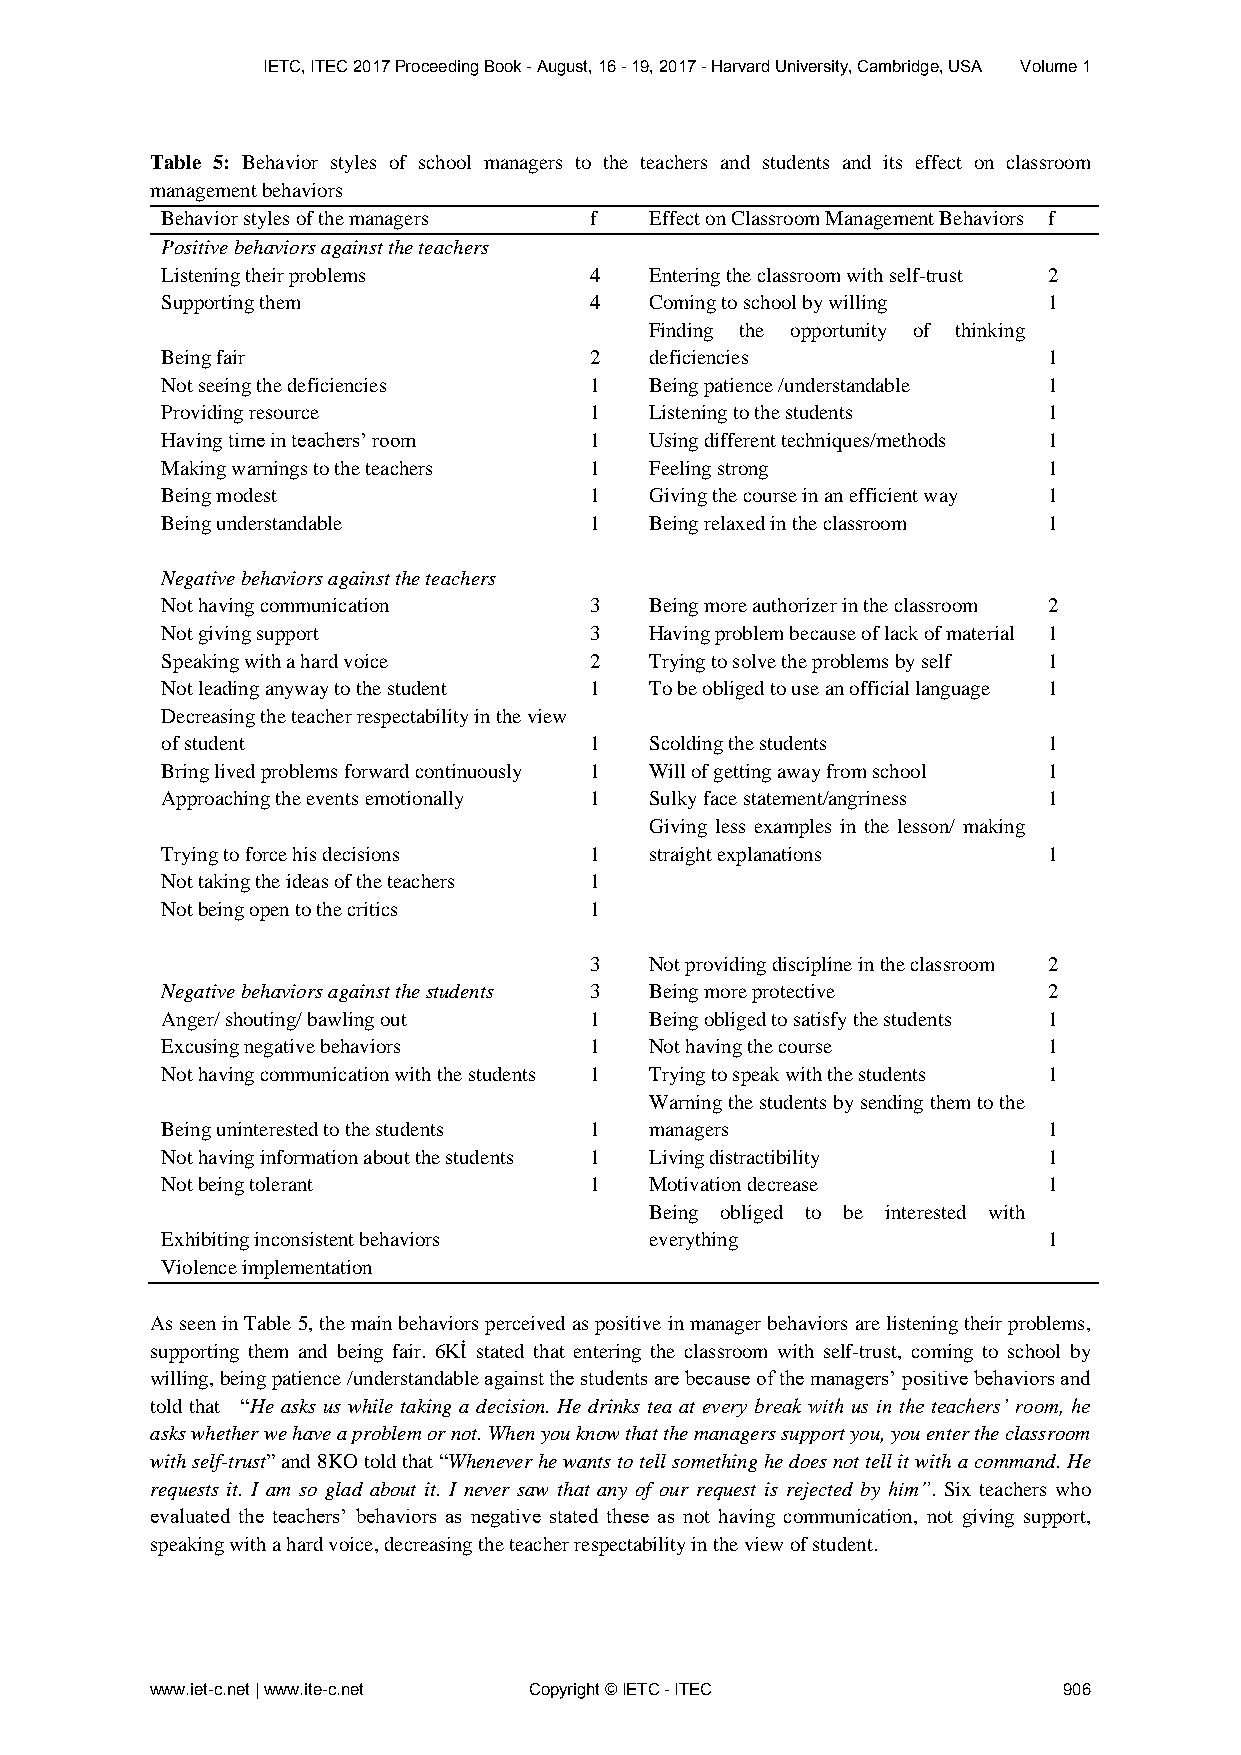
IETC, ITEC 2017 Proceeding Book - August, 16 - 19, 2017 - Harvard University, Cambridge, USA Volume 1
 Table 5: Behavior styles of school managers to the teachers and students and its effect on classroom
 management behaviors
 Behavior styles of the managers f Effect on Classroom Management Behaviors f
 Positive behaviors against the teachers
 Listening their problems    4   Entering the classroom with self-trust 2
 Supporting them             4   Coming to school by willing 1
 Finding the opportunity of thinking
 Being fair                  2   deficiencies              1
 Not seeing the deficiencies 1   Being patience /understandable 1
 Providing resource          1   Listening to the students 1
 Having time in teachers’ room 1 Using different techniques/methods 1
 Making warnings to the teachers 1 Feeling strong          1
 Being modest                1   Giving the course in an efficient way 1
 Being understandable        1   Being relaxed in the classroom 1
 Negative behaviors against the teachers
 Not having communication    3   Being more authorizer in the classroom 2
 Not giving support          3   Having problem because of lack of material 1
 Speaking with a hard voice  2   Trying to solve the problems by self 1
 Not leading anyway to the student 1 To be obliged to use an official language 1
 Decreasing the teacher respectability in the view
 of student                  1   Scolding the students     1
 Bring lived problems forward continuously 1 Will of getting away from school 1
 Approaching the events emotionally 1 Sulky face statement/angriness 1
 Giving less examples in the lesson/ making
 Trying to force his decisions 1 straight explanations     1
 Not taking the ideas of the teachers 1
 Not being open to the critics 1
 3   Not providing discipline in the classroom 2
 Negative behaviors against the students 3 Being more protective 2
 Anger/ shouting/ bawling out 1  Being obliged to satisfy the students 1
 Excusing negative behaviors 1   Not having the course     1
 Not having communication with the students 1 Trying to speak with the students 1
 Warning the students by sending them to the
 Being uninterested to the students 1 managers             1
 Not having information about the students 1 Living distractibility 1
 Not being tolerant          1   Motivation decrease       1
 Being obliged to be interested with
 Exhibiting inconsistent behaviors everything              1
 Violence implementation
 As seen in Table 5, the main behaviors perceived as positive in manager behaviors are listening their problems,
 supporting them and being fair. 6Kİ stated that entering the classroom with self-trust, coming to school by
 willing, being patience /understandable against the students are because of the managers’ positive behaviors and
 told that “He asks us while taking a decision. He drinks tea at every break with us in the teachers’ room, he
 asks whether we have a problem or not. When you know that the managers support you, you enter the classroom
 with self-trust” and 8KO told that “Whenever he wants to tell something he does not tell it with a command. He
 requests it. I am so glad about it. I never saw that any of our request is rejected by him”. Six teachers who
 evaluated the teachers’ behaviors as negative stated these as not having communication, not giving support,
 speaking with a hard voice, decreasing the teacher respectability in the view of student.
 www.iet-c.net | www.ite-c.net Copyright © IETC - ITEC       906